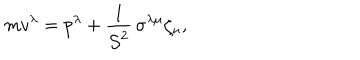
m v ^ { \lambda } = p ^ { \lambda } + \frac { 1 } { { \cal S } ^ { 2 } } \, \sigma ^ { \lambda \mu } \zeta _ { \mu } ,